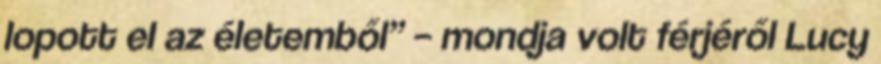
lopott el az életemből” – mondja volt férjéről Lucy